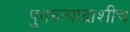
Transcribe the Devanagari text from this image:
पुनरुत्पाद्नाशीच